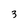
Character: 3